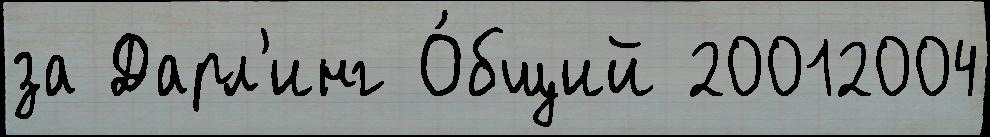
за Дарл'инг О́бщий 20012004